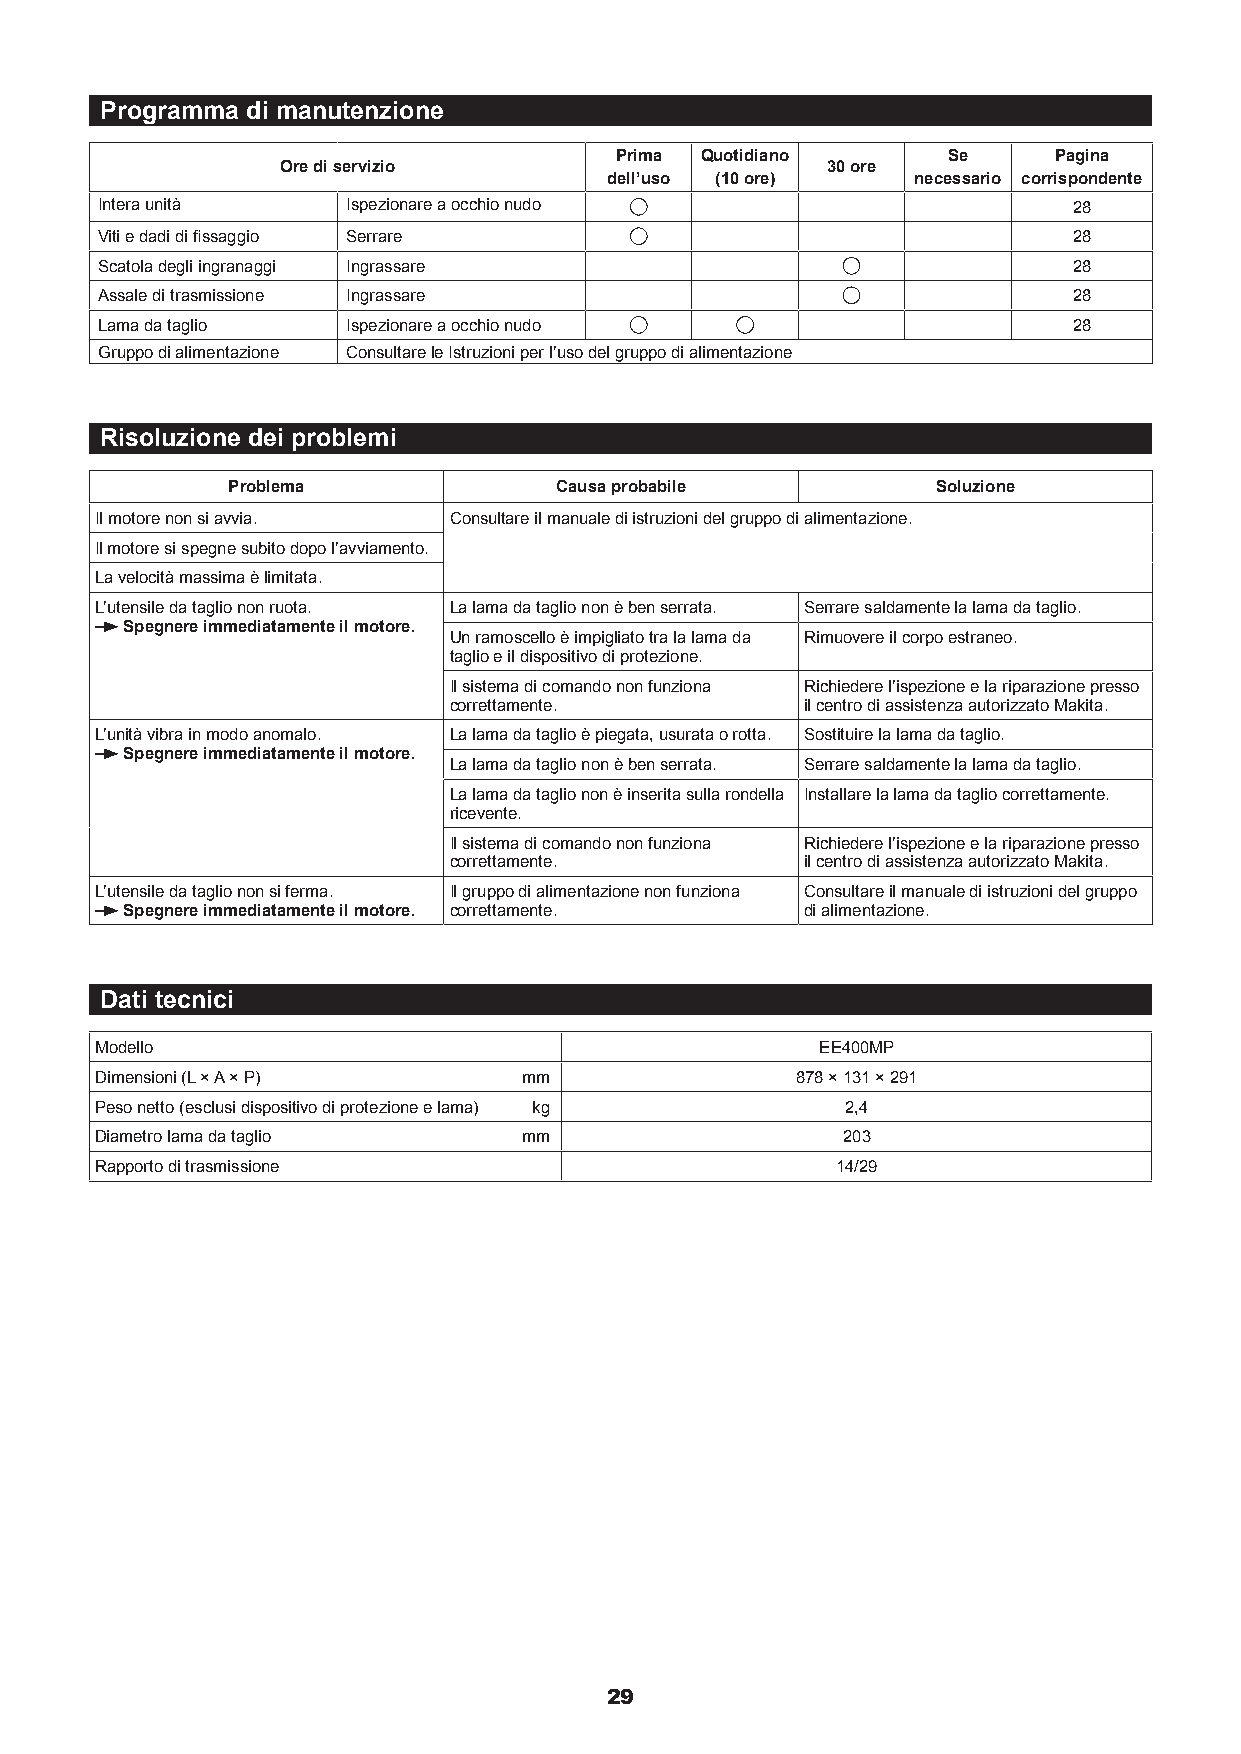
Programma di manutenzione
 Prima Quotidiano      Se     Pagina
 Ore di servizio                     30 ore
 dell’uso (10 ore)   necessario corrispondente
 Intera unità     Ispezionare a occhio nudo                       28
 Viti e dadi di fissaggio Serrare                                 28
 Scatola degli ingranaggi Ingrassare                              28
 Assale di trasmissione Ingrassare                                28
 Lama da taglio   Ispezionare a occhio nudo                       28
 Gruppo di alimentazione Consultare le Istruzioni per l’uso del gruppo di alimentazione
 Risoluzione dei problemi
 Problema              Causa probabile          Soluzione
 Il motore non si avvia. Consultare il manuale di istruzioni del gruppo di alimentazione.
 Il motore si spegne subito dopo l’avviamento.
 La velocità massima è limitata.
 L’utensile da taglio non ruota. La lama da taglio non è ben serrata. Serrare saldamente la lama da taglio.
 Spegnere immediatamente il motore.
 Un ramoscello è impigliato tra la lama da Rimuovere il corpo estraneo.
 taglio e il dispositivo di protezione.
 Il sistema di comando non funziona Richiedere l’ispezione e la riparazione presso
 correttamente.         il centro di assistenza autorizzato Makita.
 L’unità vibra in modo anomalo. La lama da taglio è piegata, usurata o rotta. Sostituire la lama da taglio.
 Spegnere immediatamente il motore.
 La lama da taglio non è ben serrata. Serrare saldamente la lama da taglio.
 La lama da taglio non è inserita sulla rondella Installare la lama da taglio correttamente.
 ricevente.
 Il sistema di comando non funziona Richiedere l’ispezione e la riparazione presso
 correttamente.         il centro di assistenza autorizzato Makita.
 L’utensile da taglio non si ferma. Il gruppo di alimentazione non funziona Consultare il manuale di istruzioni del gruppo
 Spegnere immediatamente il motore. correttamente. di alimentazione.
 Dati tecnici
 Modello                                         EE400MP
 Dimensioni (L × A × P)       mm                878 × 131 × 291
 Peso netto (esclusi dispositivo di protezione e lama) kg 2,4
 Diametro lama da taglio      mm                   203
 Rapporto di trasmissione                         14/29
 29